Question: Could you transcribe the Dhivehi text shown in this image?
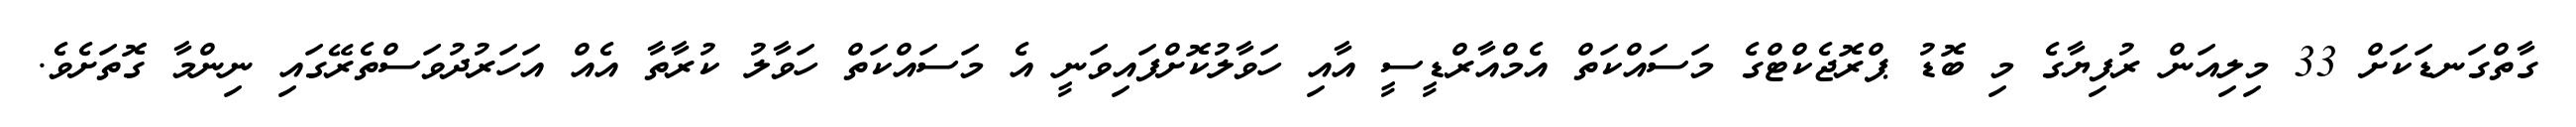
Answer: ގާތްގަނޑަކަށް 33 މިލިއަން ރުފިޔާގެ މި ބޮޑު ޕްރޮޖެކްޓްގެ މަސައްކަތް އެމްއާރްޑީސީ އާއި ހަވާލުކޮށްފައިވަނީ އެ މަސައްކަތް ހަވާލު ކުރާތާ އެއް އަހަރުދުވަސްތެރޭގައި ނިންމާ ގޮތަށެވެ.